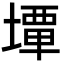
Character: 𡐧